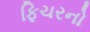
ફિચરનો